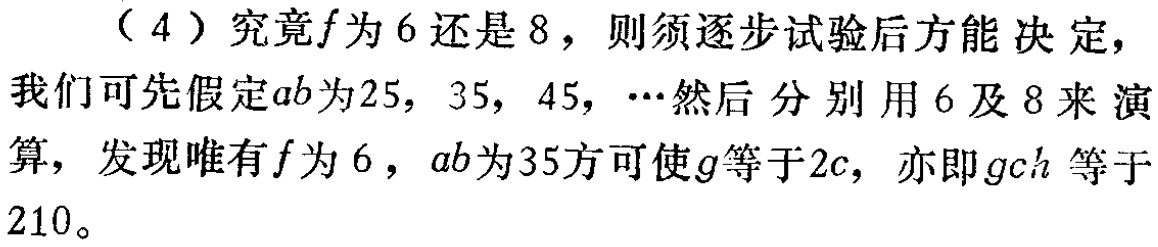
（4）究竟\(f\)为\(6\)还是\(8\)，则须逐步试验后方能决定，我们可先假定\(ab\)为\(25\)，\(35\)，\(45\)，\(\cdots\)然后分别用\(6\)及\(8\)来演算，发现唯有\(f\)为\(6\)，\(ab\)为\(35\)方可使\(g\)等于\(2c\)，亦即\(gch\)等于\(210\)。